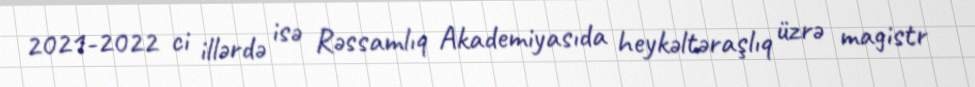
2021-2022 ci illərdə isə Rəssamlıq Akademiyasıda heykəltəraşlıq üzrə magistr